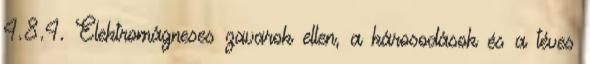
4.8.4. Elektromágneses zavarok ellen, a károsodások és a téves